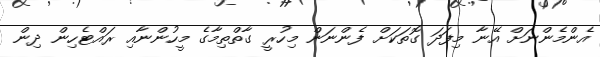
އެންމެންނަށް އޭނާ މިފަދަ ގޮތަކަށް ފެންނަން މިހުރީ ގާތްތިމާގެ މީހުންނާއި ރައްޓެހިން ދިން